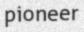
pioneer